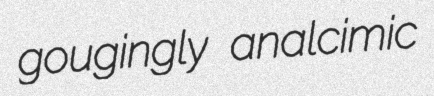
gougingly analcimic